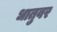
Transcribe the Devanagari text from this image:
धातुवर